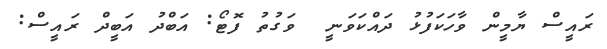
ރައީސް ޔާމީން ވާހަކަފުޅު ދައްކަވަނީ  ވަގުތު ފޮޓޯ: އަބްދު އަބީދް ރައީސް: